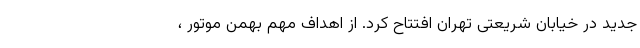
جدید در خیابان شریعتی تهران افتتاح کرد. از اهداف مهم بهمن موتور ،